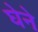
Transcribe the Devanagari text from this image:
घेने